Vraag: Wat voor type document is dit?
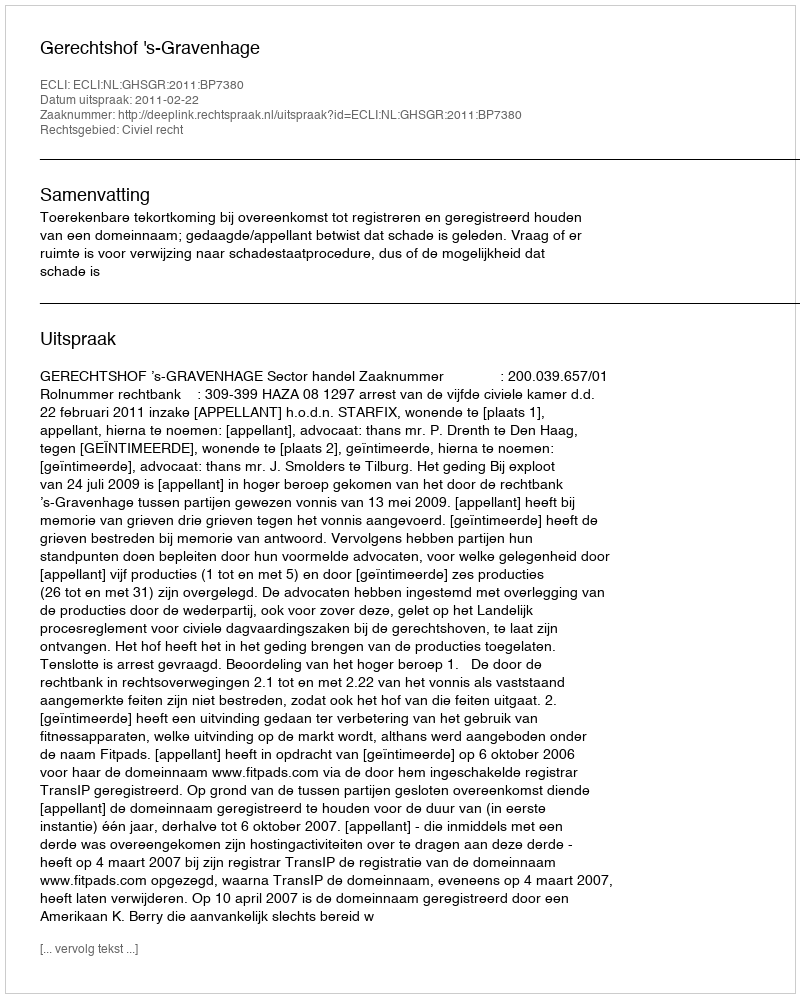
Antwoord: Uitspraak